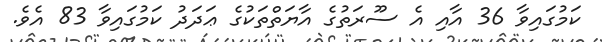
ކަމުގައިވާ 36 އާއި އެ ސޫރަތުގެ އާޔަތްތަކުގެ ޢަދަދު ކަމުގައިވާ 83 އެވެ.